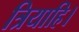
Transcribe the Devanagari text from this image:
त्रियाहि।